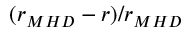
( r _ { M H D } - r ) / r _ { M H D }